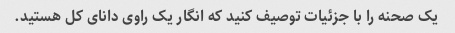
یک صحنه را با جزئیات توصیف کنید که انگار یک راوی دانای کل هستید.